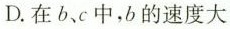
D.在b、c中，b的速度大